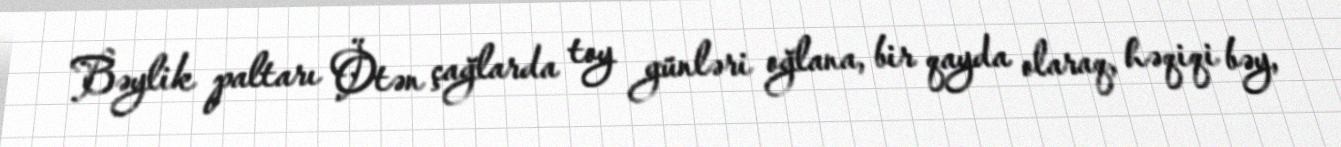
Bəylik paltarı Ötən çağlarda toy günləri oğlana, bir qayda olaraq, həqiqi bəy,